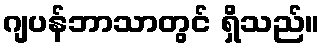
ဂျပန်ဘာသာတွင် ရှိသည်။